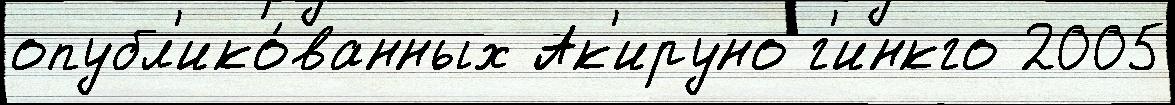
опубл'ико́ванных Ак'ируно г'инкго 2005